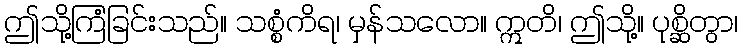
ဤသို့ကြံခြင်းသည်။ သစ္စံကိရ၊ မှန်သလော။ ဣတိ၊ ဤသို့။ ပုစ္ဆိတွာ၊